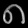
Digit: ၈